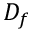
D _ { f }